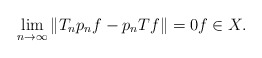
\begin{align*}\lim_{n \to \infty} \|T_n p_n f - p_n T f \| = 0 f \in X.\end{align*}